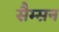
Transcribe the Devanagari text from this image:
सैम्सन